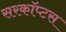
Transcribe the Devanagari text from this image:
सरकॉप्टस